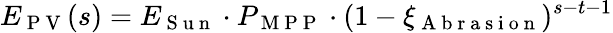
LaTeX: E_{\mathrm{~P~V~}}(s)=E_{\mathrm{~S~u~n~}}\cdot P_{\mathrm{~M~P~P~}}\cdot(1-\xi_{\mathrm{~A~b~r~a~s~i~o~n~}})^{s-t-1}